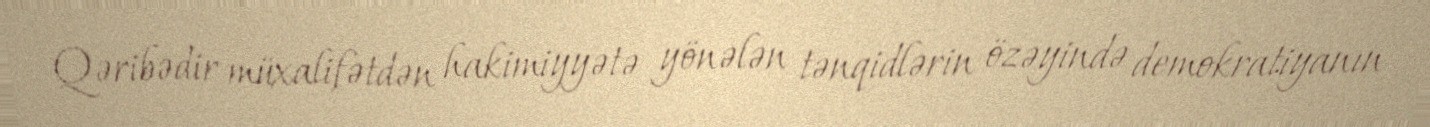
Qəribədir müxalifətdən hakimiyyətə yönələn tənqidlərin özəyində demokratiyanın